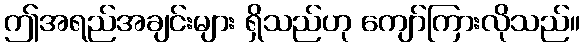
ဤအရည်အချင်းများ ရှိသည်ဟု ကျော်ကြားလိုသည်။